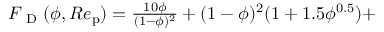
\begin{array} { r l } { { F _ { \mathrm { ~ D ~ } } } ( \phi , R e _ { \mathrm { p } } ) = \frac { 1 0 \phi } { ( 1 - \phi ) ^ { 2 } } + ( 1 - \phi ) ^ { 2 } ( 1 + 1 . 5 \phi ^ { 0 . 5 } ) + } \end{array}